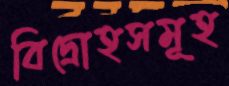
বিদ্রোহসমূহ